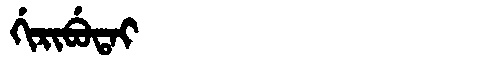
Manchu: ᡤᡳᡵᡳᠪᡠᡨᠠᡳ
Romanization: GIRIBUTAI